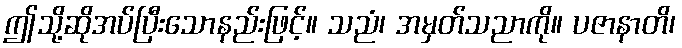
ဤသို့ဆိုအပ်ပြီးသောနည်းဖြင့်။ သညံ၊ အမှတ်သညာကို။ ပဇာနာတိ၊